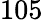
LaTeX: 105